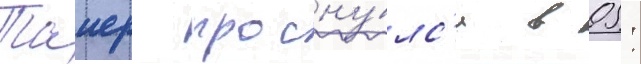
Таиер просну́лс'я в 05: